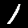
Digit: 1